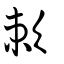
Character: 欶